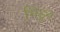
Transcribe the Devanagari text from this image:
भिडून